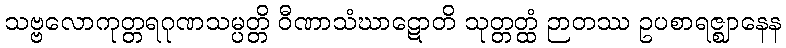
သဗ္ဗလောကုတ္တရဂုဏသမ္ပတ္တိ ဝီဏာသံဃာဋောတိ သုတ္တတ္ထံ ဉာတဿ ဥပစာရဇ္ဈာနေန